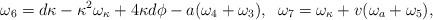
LaTeX: \begin{align*}\omega_6=d\kappa -\kappa^2\omega_{\kappa} +4\kappa d\phi -a(\omega_4 + \omega_3),\;\;\omega_7=\omega_{\kappa} +v(\omega_a + \omega_5),\end{align*}